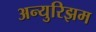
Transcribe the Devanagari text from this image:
अन्युरिझम